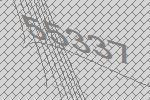
55337